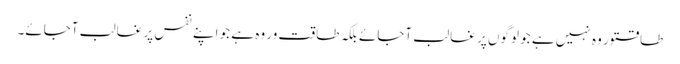
طاقتور وہ نہیں ہے جو لوگوں پر غالب آجائے بلکہ طاقت ور وہ ہے جو اپنے نفس پر غالب آجائے۔